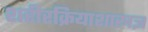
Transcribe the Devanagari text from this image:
शरीरक्रियाशास्त्रज्ञ